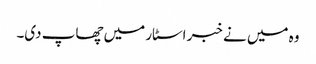
وہ میں نے خبر اسٹار میں چھاپ دی۔